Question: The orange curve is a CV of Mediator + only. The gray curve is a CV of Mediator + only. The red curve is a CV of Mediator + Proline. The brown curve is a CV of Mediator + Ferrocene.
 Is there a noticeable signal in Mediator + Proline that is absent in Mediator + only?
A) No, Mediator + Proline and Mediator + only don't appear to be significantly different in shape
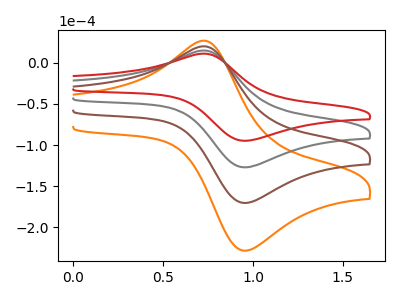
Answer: <think>The orange curve "Mediator + only" has an anodic peak at (0.75V, 44.85uA) and a cathodic peak at (0.95V, -379.90uA). The gray curve "Mediator + only" has an anodic peak at (0.75V, 14.95uA) and a cathodic peak at (0.95V, -126.65uA). The red curve "Mediator + Proline" has an anodic peak at (0.75V, 11.15uA) and a cathodic peak at (0.95V, -94.45uA). The brown curve "Mediator + Ferrocene" has an anodic peak at (0.75V, 29.90uA) and a cathodic peak at (0.95V, -253.30uA).
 All the peaks in "Mediator + Proline" have a peak in "Mediator + only" at the same potential. Every peak in "Mediator + Proline" is lower than every peak in "Mediator + only".</think>
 <answer>A) No, "Mediator + Proline" and "Mediator + only" don't appear to be significantly different in shape</answer>
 <eval>A</eval>